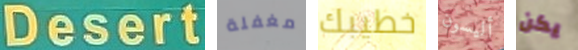
Desert مغفلة خطيبك أليسون يكن